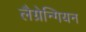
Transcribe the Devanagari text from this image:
लैग्रेन्गियन